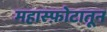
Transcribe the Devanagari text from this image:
महास्फ़ोटातून